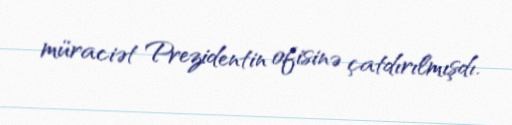
müraciət Prezidentin ofisinə çatdırılmışdı.